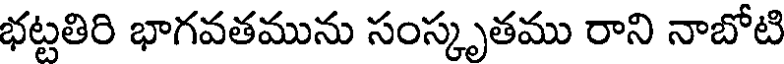
భట్టతిరి భాగవతమును సంస్కృతము రాని నాబోటి